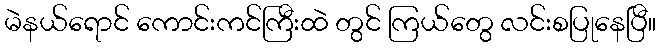
မဲနယ်ရောင် ကောင်းကင်ကြီးထဲ တွင် ကြယ်တွေ လင်းစပြုနေပြီ။